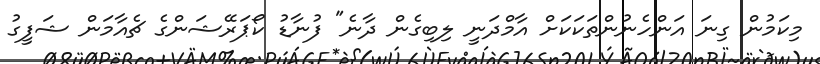
މިކަމުން ގިނަ އަންހެނުންތަކަކަށް އާމްދަނީ ލިބިގެން ދާނެ" ފުނާޑު ކޯޕަރޭޝަންގެ ޗެއާމަން ޝަފީގު